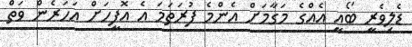
ޑެލިވެރީ ބޯއީ އެއްގެ މަގާމަށް އެންމެ ފުރަތަމަ އެ އޮފީހަށް އަހަރެން ވަތް